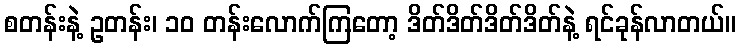
စတန်းနဲ့ ဥတန်း၊ ၁၀ တန်းလောက်ကြတော့ ဒိတ်ဒိတ်ဒိတ်ဒိတ်နဲ့ ရင်ခုန်လာတယ်။